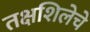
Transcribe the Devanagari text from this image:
तक्षशिलेचे